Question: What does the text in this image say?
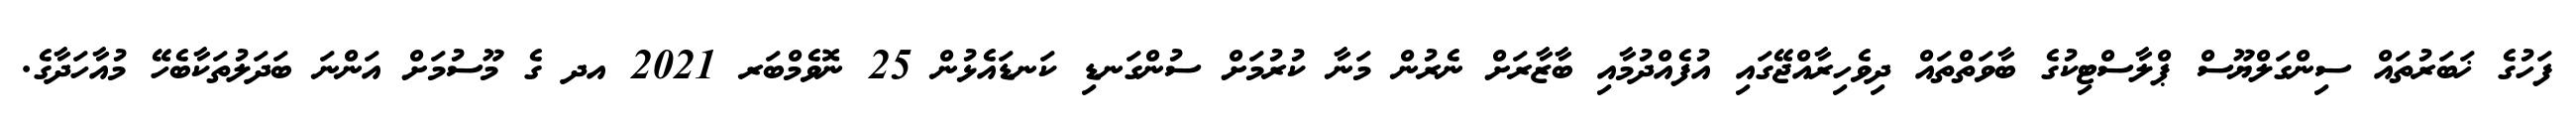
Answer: ފަހުގެ ޚަބަރުތައް ސިންގަލްޔޫސް ޕްލާސްޓިކުގެ ބާވަތްތައް ދިވެހިރާއްޖޭގައި އުފެއްދުމާއި ބާޒާރަށް ނެރުން މަނާ ކުރުމަށް ސުންގަނޑި ކަނޑައެޅުން 25 ނޮވެމްބަރ 2021 އދ ގެ މޫސުމަށް އަންނަ ބަދަލުތަކާބެހޭ މުއާހަދާގެ.